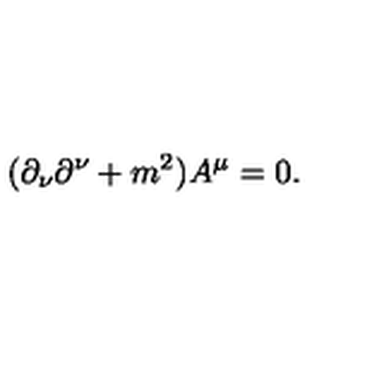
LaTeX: ( \partial _ { \nu } \partial ^ { \nu } + m ^ { 2 } ) A ^ { \mu } = 0 .